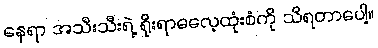
နေရာ အသီးသီးရဲ့ ရိုးရာဓလေ့ထုံးစံကို သိရတာပေါ့။